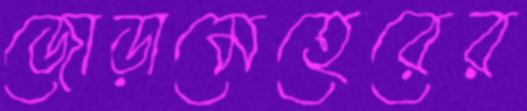
জোড়ামেহেরের